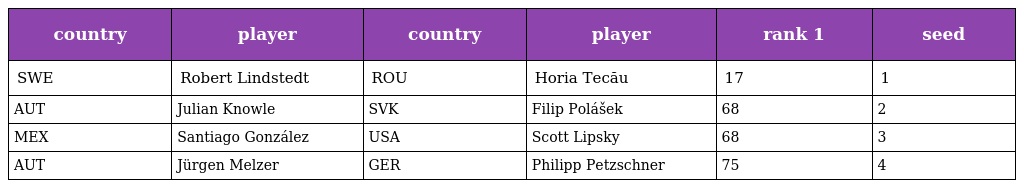
| country | player | country | player | rank 1 | seed |
 | --- | --- | --- | --- | --- | --- |
 | SWE | Robert Lindstedt | ROU | Horia Tecău | 17 | 1 |
 | AUT | Julian Knowle | SVK | Filip Polášek | 68 | 2 |
 | MEX | Santiago González | USA | Scott Lipsky | 68 | 3 |
 | AUT | Jürgen Melzer | GER | Philipp Petzschner | 75 | 4 |